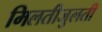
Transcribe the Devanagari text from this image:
मिलतीजुलती